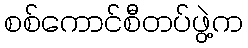
စစ်ကောင်စီတပ်ဖွဲ့က